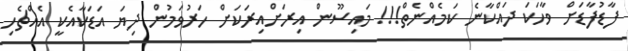
ފާޑުފާޑަށް ވާހަކަ ދައްކާނެ ކަމެއްނެތް!!! މައިސޫން އިރަށްއިރަކަށް ހަރުވަމުން ދިޔަ އަޑަކާއެކީ އެއްޗެހި